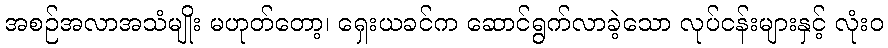
အစဉ်အလာအသံမျိုး မဟုတ်တော့၊ ရှေးယခင်က ဆောင်ရွက်လာခဲ့သော လုပ်ငန်းများနှင့် လုံးဝ